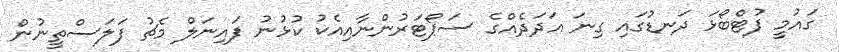
ގައުމީ ފުޓްބޯޅަ ދަނޑުގައި ގިނަ އަދަދެއްގެ ސަޕޯޓަރުންނާއިއެކު ކުޅުނު ފައިނަލް މެޗު ފަލަސްތީނުން